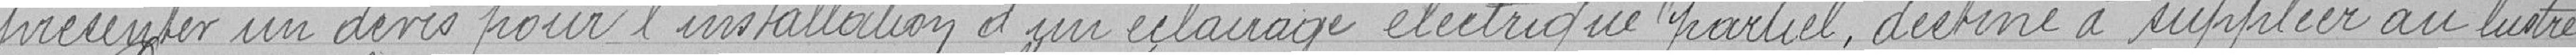
présenter un devis pour l'installation d'un éclairage électrique partiel, destiné à supplier au lustre.